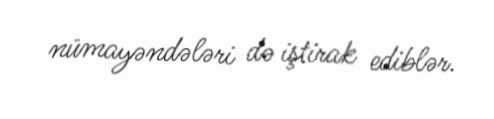
nümayəndələri də iştirak ediblər.